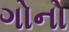
ગોનો